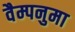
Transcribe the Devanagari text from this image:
वैम्पनुमा